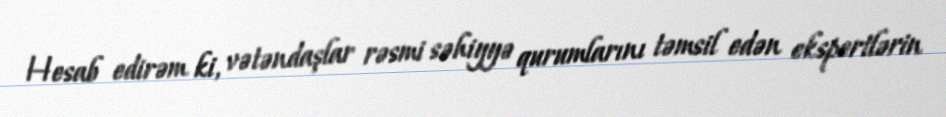
Hesab edirəm ki, vətəndaşlar rəsmi səhiyyə qurumlarını təmsil edən ekspertlərin